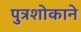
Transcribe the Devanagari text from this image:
पुत्रशोकाने